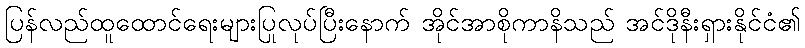
ပြန်လည်ထူထောင်ရေးများပြုလုပ်ပြီးနောက် အိုင်အာစိုကာနိသည် အင်ဒိုနီးရှားနိုင်ငံ၏